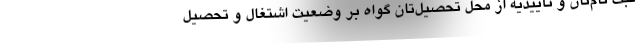
ثبت نام‌تان و تأییدیه از محل تحصیل‌تان گواه بر وضعیت اشتغال و تحصیل